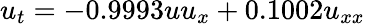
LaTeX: u_{t}=-0.9993uu_{x}+0.1002u_{xx}